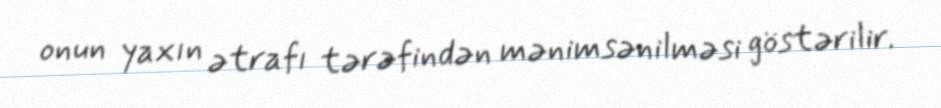
onun yaxın ətrafı tərəfindən mənimsənilməsi göstərilir.